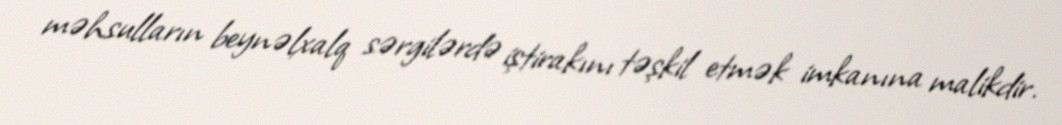
məhsulların beynəlxalq sərgilərdə iştirakını təşkil etmək imkanına malikdir.